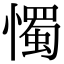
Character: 𢢗